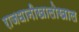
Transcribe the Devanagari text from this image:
राजधानीखालोखाल